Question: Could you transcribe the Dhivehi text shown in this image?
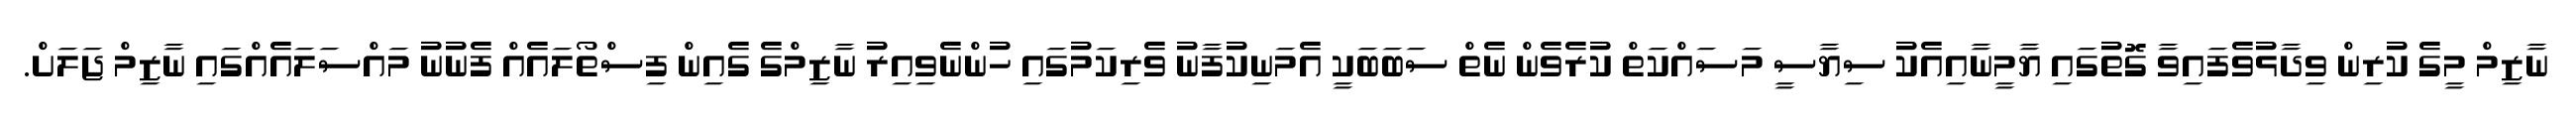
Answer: ނާޒިމް މީގެ ކުރިން ވިދާޅުވެފައިވާ ގޮތުގައި ޔާމީނާއިއެކު ސިޔާސީ މަސައްކަތް ކުރެވެން ނެތް ސަބަބަކީ އެމަނިކުފާނު ވެރިކަމުގައި ހުންނެވިއިރު ނާޒިމްގެ ގެއިން ފިސްތޯލައެއް ފެނުނު މައްސަލައެއްގައި ނާޒިމް ޖަލަށް.